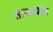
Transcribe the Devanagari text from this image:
सामर्थ्यांत